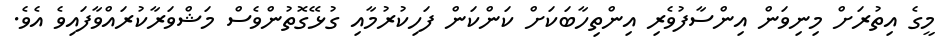
މީގެ އިތުރަށް މިނިވަން އިންސާފުވެރި އިންތިހާބަކަށް ކަންކަން ފަހިކުރުމާއި ގުޅޭގޮތުންވެސް މަޝްވަރާކުރައްވާފައިވެ އެވެ.